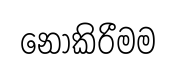
නොකිරීමම